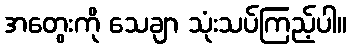
အတွေးကို သေချာ သုံးသပ်ကြည့်ပါ။